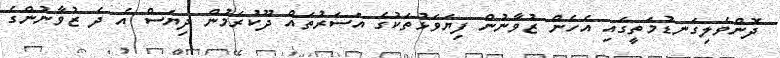
ދޮންވެލިގަނޑުމަތީގައި އެހެން ޒުވާނުން ފިޔަވަޅުތަކުގެ އަސަރުތައް ދޫކުރަމުން ދިޔަސް އެ ދެ ޒުވާނުންގެ